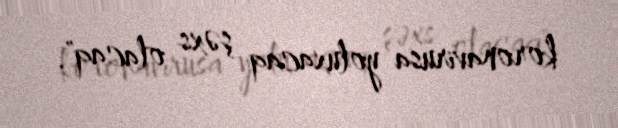
koronavirusa yoluxacaq şəxs olacaq".